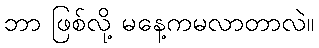
ဘာ ဖြစ်လို့ မနေ့ကမလာတာလဲ။